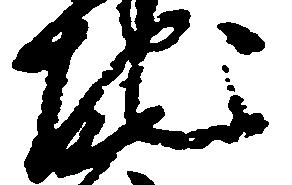
地